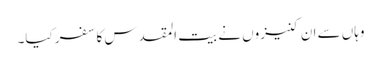
وہاں سے ان کنیزوں نے بیت المقدس کا سفر کیا۔